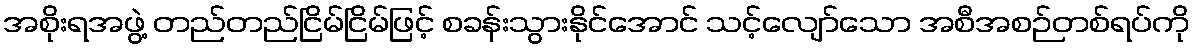
အစိုးရအဖွဲ့ တည်တည်ငြိမ်ငြိမ်ဖြင့် စခန်းသွားနိုင်အောင် သင့်လျော်သော အစီအစဉ်တစ်ရပ်ကို